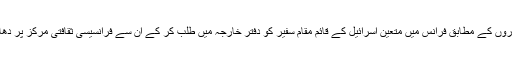
غیرملکی خبر رساں اداروں کے مطابق فرانس میں متعین اسرائیل کے قائم مقام سفیر کو دفتر خارجہ میں طلب کر کے ان سے فرانسیسی ثقافتی مرکز پر دھاوے پر احتجاج کی گیا۔